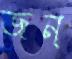
জন্